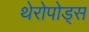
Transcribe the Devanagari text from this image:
थेरोपोड्स